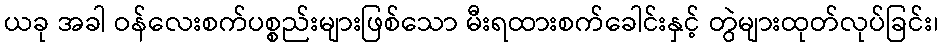
ယခု အခါ ဝန်လေးစက်ပစ္စည်းများဖြစ်သော မီးရထားစက်ခေါင်းနှင့် တွဲများထုတ်လုပ်ခြင်း၊